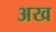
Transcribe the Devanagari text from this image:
अख